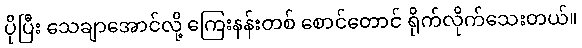
ပိုပြီး သေချာအောင်လို့ ကြေးနန်းတစ် စောင်တောင် ရိုက်လိုက်သေးတယ်။